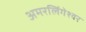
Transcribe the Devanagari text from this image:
अमरलिंगेश्‍वर